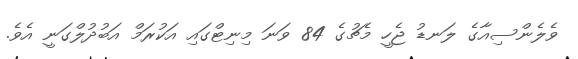
ވެލެންސިއާގެ ލަނޑު ޖެހީ މެޗުގެ 84 ވަނަ މިނިޓްގައި އަކުރަމް އަބުދުލްގަނީ އެވެ.